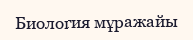
Биология мұражайы